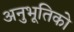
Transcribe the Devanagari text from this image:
अनुभूतिको